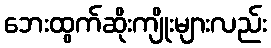
ဘေးထွက်ဆိုးကျိုးများလည်း